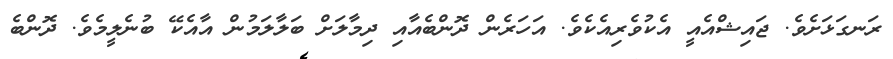
ރަނގަޅަށެވެ. ޖައިޝްއެއީ އެކުވެރިއެކެވެ. އަހަރެން ދޮންބެއާއި ދިމާލަށް ބަލާލަމުން އާއެކޭ ބުނެލީމެވެ. ދޮންބެ